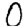
Digit: 0